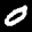
Digit: 0